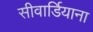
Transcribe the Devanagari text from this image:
सीवार्डियाना